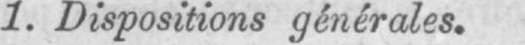
1. Dispositions générales.